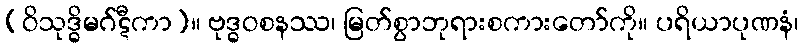
(ဝိသုဒ္ဓိမဂ်ဋီကာ)။ ဗုဒ္ဓဝစနဿ၊ မြတ်စွာဘုရားစကားတော်ကို။ ပရိယာပုဏနံ၊